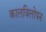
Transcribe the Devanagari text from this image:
कालविलोपन